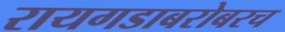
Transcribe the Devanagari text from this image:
रायगडाबरोबरच